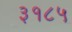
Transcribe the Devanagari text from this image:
३१८५